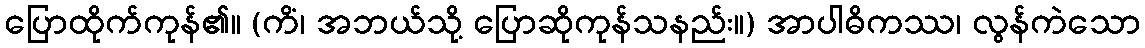
ပြောထိုက်ကုန်၏။ (ကိံ၊ အဘယ်သို့ ပြောဆိုကုန်သနည်း။) အာပါဓိကဿ၊ လွန်ကဲသော